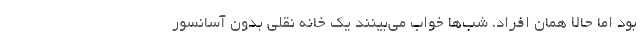
بود اما حالا همان افراد، شب‌ها خواب می‌بینند یک خانه نقلی بدون آسانسور